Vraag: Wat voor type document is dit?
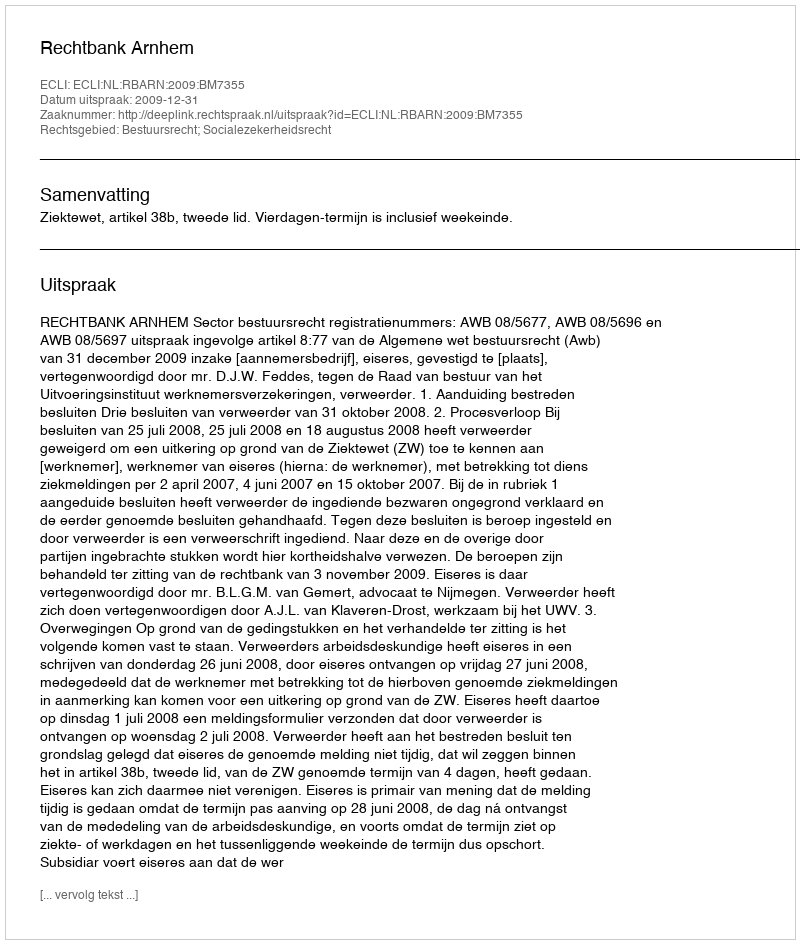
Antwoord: Uitspraak